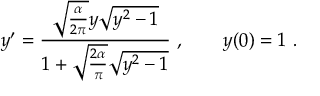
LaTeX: y ^ { \prime } = \frac { \sqrt { \frac { \alpha } { 2 \pi } } y \sqrt { y ^ { 2 } - 1 } } { 1 + \sqrt { \frac { 2 \alpha } { \pi } } \sqrt { y ^ { 2 } - 1 } } \ , \qquad y ( 0 ) = 1 \ .